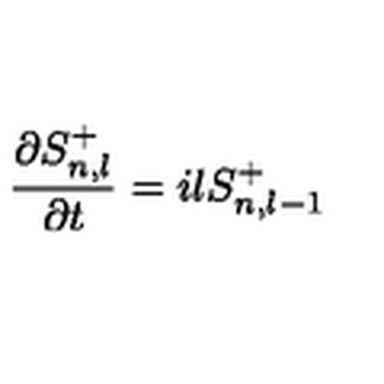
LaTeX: \frac { \partial S _ { n , l } ^ { + } } { \partial t } = i l S _ { n , l - 1 } ^ { + }